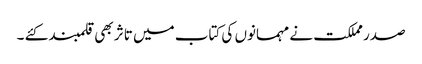
صدر مملکت نے مہمانوں کی کتاب میں تاثر بھی قلمبند کئے ۔